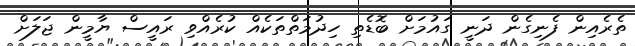
ތެރެއިން ފެނިގެން ދަނީ ގައުމަށް ބޮޑެތި ހިދުމަތްތަކެއް ކުރެއްވި ރައީސް ޔާމީން ޖަލަށް